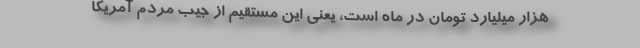
هزار میلیارد تومان در ماه است، یعنی این مستقیم از جیب مردم آمریکا